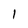
Character: 1